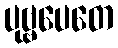
ပုဗ္ဗပေတေ